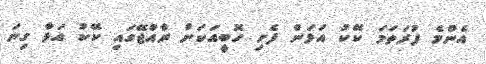
އެންމެ ފުރަތަމަ ކޭކު އަޅަން ފެށި ހޮބީއަކަށް ރާއްޖޭގައި ކޭކު އަޅާ ގިނަ